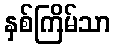
နှစ်ကြိမ်သာ